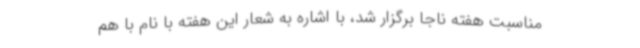
مناسبت هفته ناجا برگزار شد، با اشاره به شعار این هفته با نام با هم